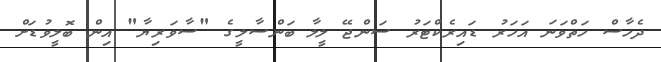
ދެހާސް ހަތްވަނަ އަހަރު ޑައިރެކްޓަރު ސަންޖޭ ލީލާ ބަންސާލީގެ "ސާވަރިޔާ" އިން ބޮލީވުޑަށް